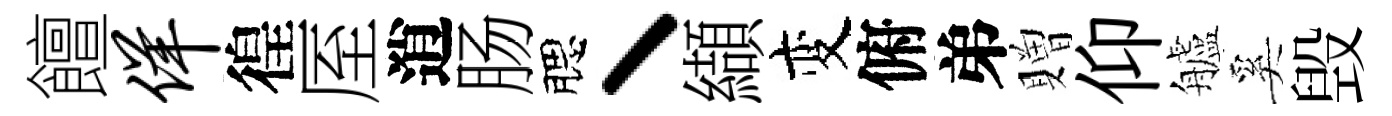
饘佯徨厔逍肠腮丶纈变俯弟贈仰艫奚毁